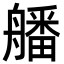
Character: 𦪖